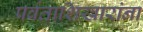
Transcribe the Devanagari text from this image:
पर्वताशिखारांना